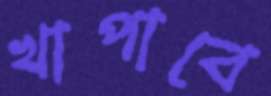
খাপাবে